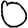
Digit: 0